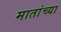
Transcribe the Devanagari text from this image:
मातांच्या